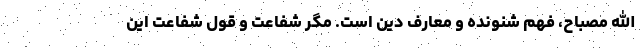
الله مصباح، فهم شنونده و معارف دین است. مگر شفاعت و قول شفاعت این